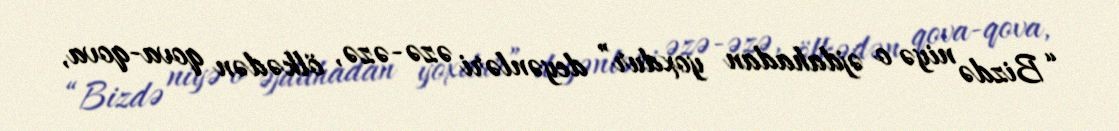
“Bizdə niyə o əjdahadan yoxdur” deyənləri əzə-əzə, ölkədən qova-qova,